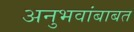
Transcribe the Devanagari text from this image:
अनुभवांबाबत